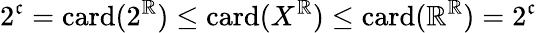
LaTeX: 2^{\mathfrak{c}}=\mathrm{card}(2^{\mathbb{R}})\leq\mathrm{card}(X^{\mathbb{R}})\leq\mathrm{card}(\mathbb{R}^{\mathbb{R}})=2^{\mathfrak{c}}